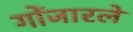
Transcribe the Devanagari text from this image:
गोंजारले